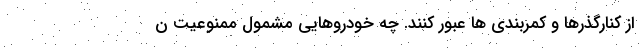
از کنارگذرها و کمربندی ها عبور کنند. چه خودروهایی مشمول ممنوعیت ن